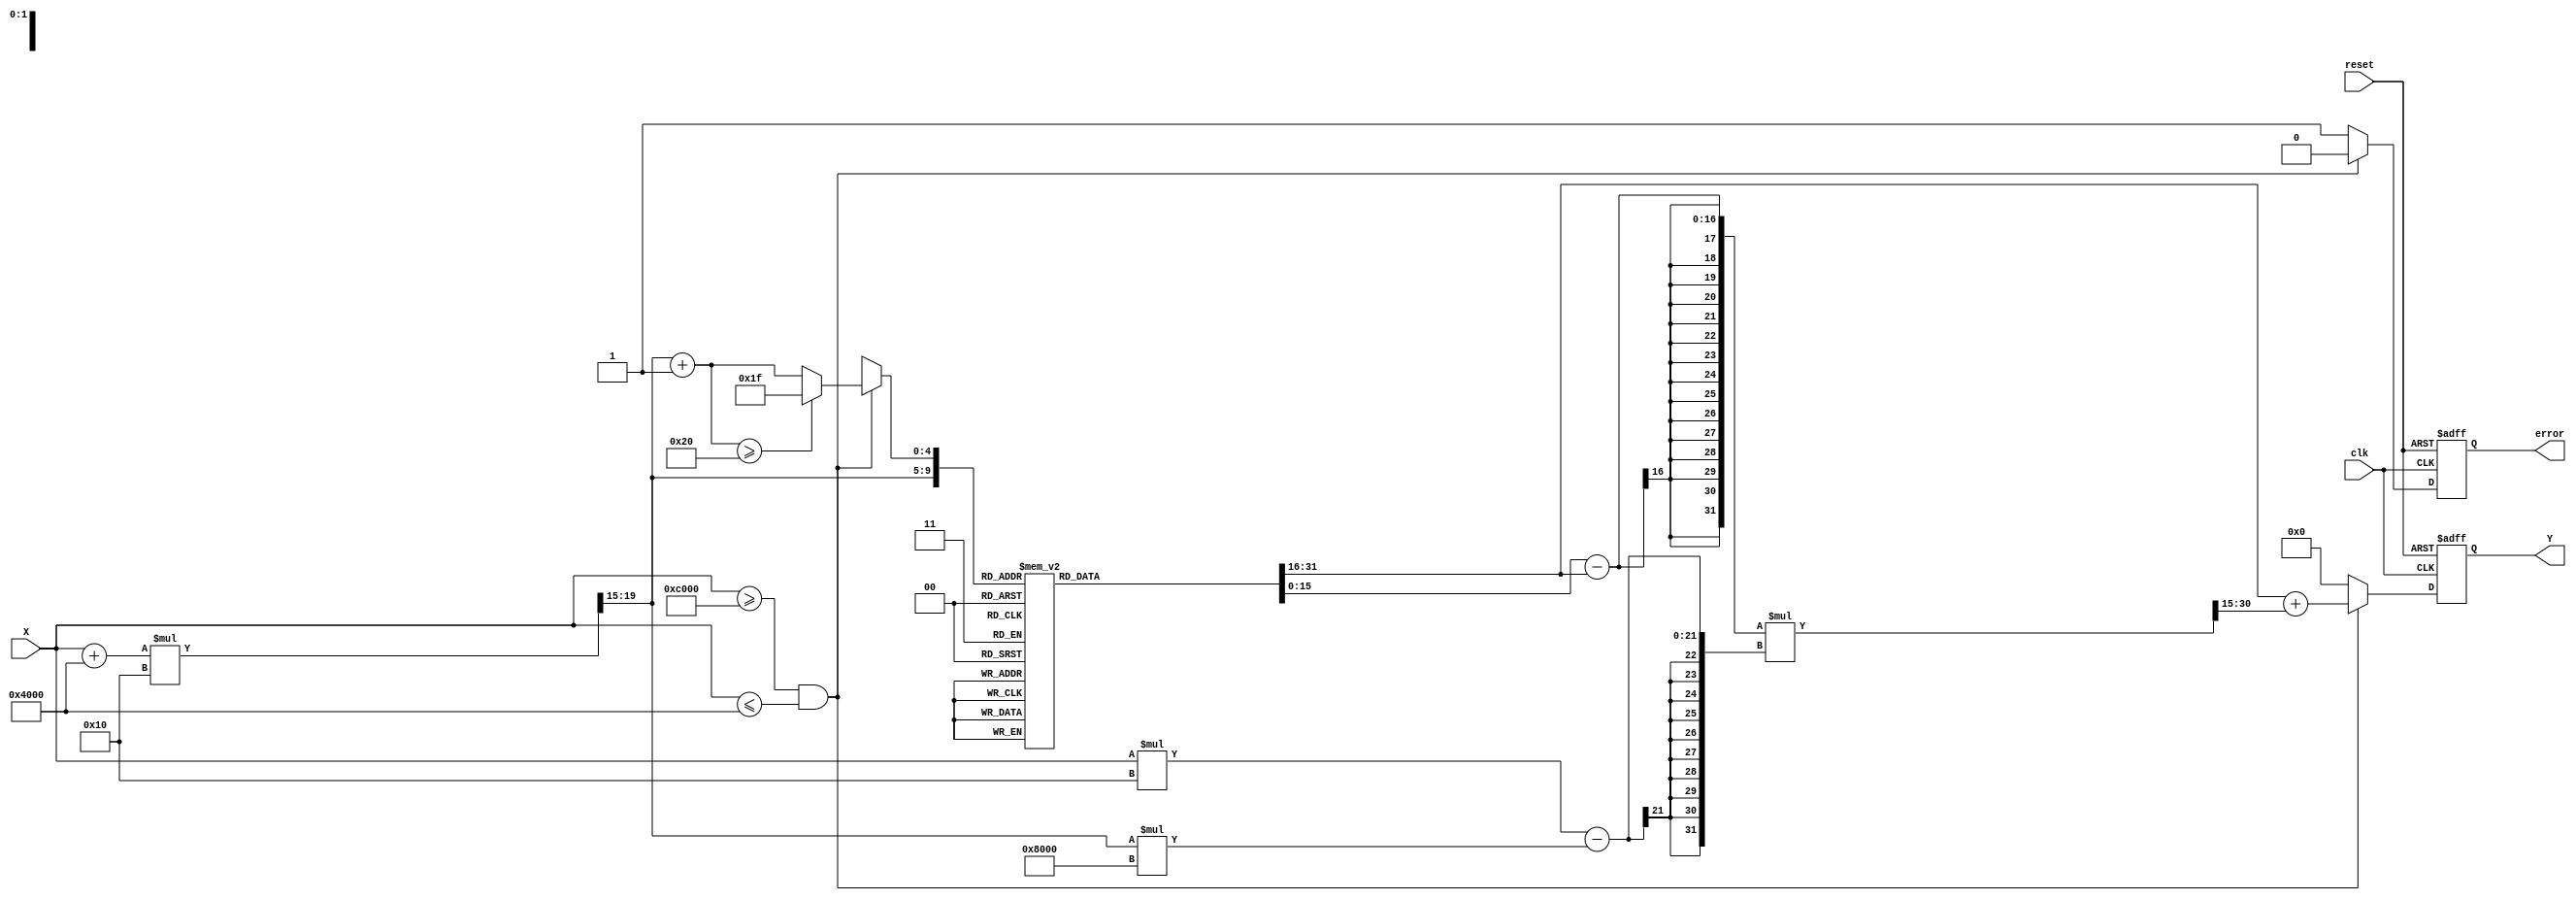
module asin_block (
    input wire clk,
    input wire reset,
    input wire signed [15:0] X, // 16-bit fixed-point input (-1.0 to 1.0)
    output reg signed [15:0] Y,   // 16-bit fixed-point output (-/2 to /2)
    output reg error              // Error signal
);

// Parameters
parameter LUT_SIZE = 32; // Number of LUT entries
parameter PI = 16'h3243; // Approximation of  in fixed-point (3.14159)
parameter HALF_PI = 16'h1921; // Approximation of /2 in fixed-point (1.57079)

// Lookup table for asin values
reg signed [15:0] lut [0:LUT_SIZE-1];
initial begin
    // Populate LUT with precomputed asin values (scaled)
    lut[0] = -HALF_PI; // asin(-1)
    lut[1] = -16'h0C90; // asin(-0.9659)
    lut[2] = -16'h0C00; // asin(-0.8660)
    lut[3] = -16'h0A96; // asin(-0.7660)
    lut[4] = -16'h0A00; // asin(-0.7071)
    // Add more entries as needed...
    lut[16] = 16'h0000; // asin(0)
    // Continue filling till lut[31]
    lut[31] = HALF_PI; // asin(1)
end

// Internal signals
reg signed [15:0] Y_lut1, Y_lut2;
reg [4:0] idx1, idx2;
reg signed [15:0] interpolated_value;
reg valid_input;

always @(posedge clk or posedge reset) begin
    if (reset) begin
        Y <= 16'h0000; // Reset output to 0
        error <= 1'b0; // No error
    end else begin
        // Input validation
        valid_input = (X >= -16'h4000) && (X <= 16'h4000); // X in [-1, 1]

        if (!valid_input) begin
            Y <= 16'h0000; // Set Y to NaN or a defined error value
            error <= 1'b1; // Set error flag
        end else begin
            // Determine LUT indices
            idx1 = (X + 16'h4000) * (LUT_SIZE / 2) >> 15; // Scale -1 to 1 to 0 to LUT_SIZE
            idx2 = idx1 + 1;

            if (idx2 >= LUT_SIZE) begin
                idx2 = LUT_SIZE - 1; // Clamp to max LUT index
            end

            // LUT lookup
            Y_lut1 = lut[idx1];
            Y_lut2 = lut[idx2];

            // Linear interpolation
            interpolated_value = Y_lut1 + ((Y_lut2 - Y_lut1) * (X * (LUT_SIZE / 2) - idx1 * 16'h8000) >> 15);

            Y <= interpolated_value; // Assign the result
            error <= 1'b0; // Clear error flag
        end
    end
end

endmodule